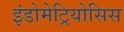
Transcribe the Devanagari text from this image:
इंडोमेट्रियोसिस